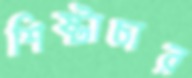
শিষ্টাচার